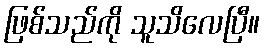
ဖြစ်သည်ကို သူသိလေပြီ။